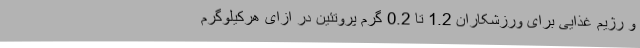
و رژیم غذایی برای ورزشکاران 1.2 تا 0.2 گرم پروتئین در ازای هرکیلوگرم